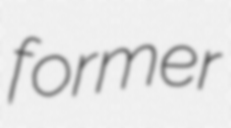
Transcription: former